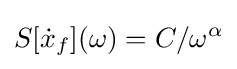
S[{\dot {x}}_{f}](\omega )=C/\omega ^{\alpha }